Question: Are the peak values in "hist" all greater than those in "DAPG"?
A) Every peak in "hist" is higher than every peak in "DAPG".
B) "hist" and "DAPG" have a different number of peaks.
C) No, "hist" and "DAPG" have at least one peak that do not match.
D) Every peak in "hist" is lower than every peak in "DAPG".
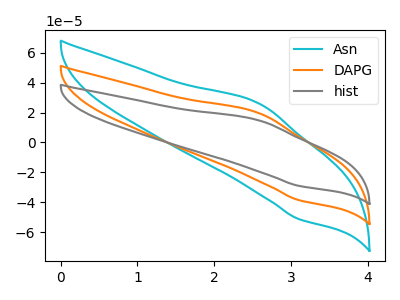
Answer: <think>The cyan curve "Asn" has an anodic peak at (2.60V, 39.35uA) and a cathodic peak at (3.10V, -77.00uA). The orange curve "DAPG" has an anodic peak at (2.60V, 19.70uA) and a cathodic peak at (3.10V, -38.50uA). The gray curve "hist" has an anodic peak at (2.60V, 14.80uA) and a cathodic peak at (3.10V, -29.00uA).</think>
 <answer>D) Every peak in "hist" is lower than every peak in "DAPG".</answer>
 <eval>D</eval>